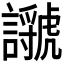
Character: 𧭣